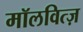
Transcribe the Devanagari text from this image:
मॉलवित्ज़